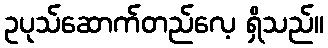
ဥပုသ်ဆောက်တည်လေ့ ရှိသည်။